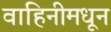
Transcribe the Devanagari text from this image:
वाहिनीमधून